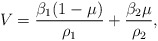
\begin{align*}V = \frac{\beta_1 (1-\mu)}{\rho_1} + \frac{\beta_2\mu}{\rho_2},\end{align*}